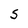
Character: S